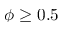
\phi \ge 0 . 5